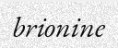
brionine